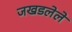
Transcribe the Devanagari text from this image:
जखडलेले